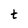
Character: t